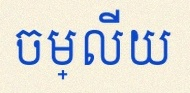
ចម្លើយ